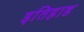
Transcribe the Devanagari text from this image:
इतिहाड